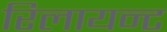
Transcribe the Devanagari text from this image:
रिलायन्ट